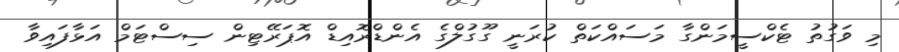
މި ވަގުތު ޓެކްސީމަންގާ މަސައްކަތް ކުރަނީ ގޫގުލްގެ އެންޑްރޮއިޑް އޮޕަރޭޓިން ސިސްޓަމް އަޅާފައިވާ